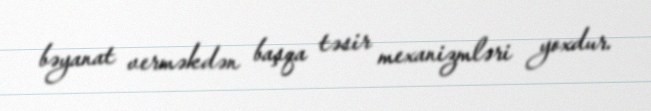
bəyanat verməkdən başqa təsir mexanizmləri yoxdur.